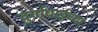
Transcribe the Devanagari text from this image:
दुर्गाबाईच्या